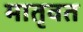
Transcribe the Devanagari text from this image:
मातृवत